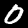
Digit: 0